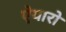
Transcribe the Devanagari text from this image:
ऐयारो